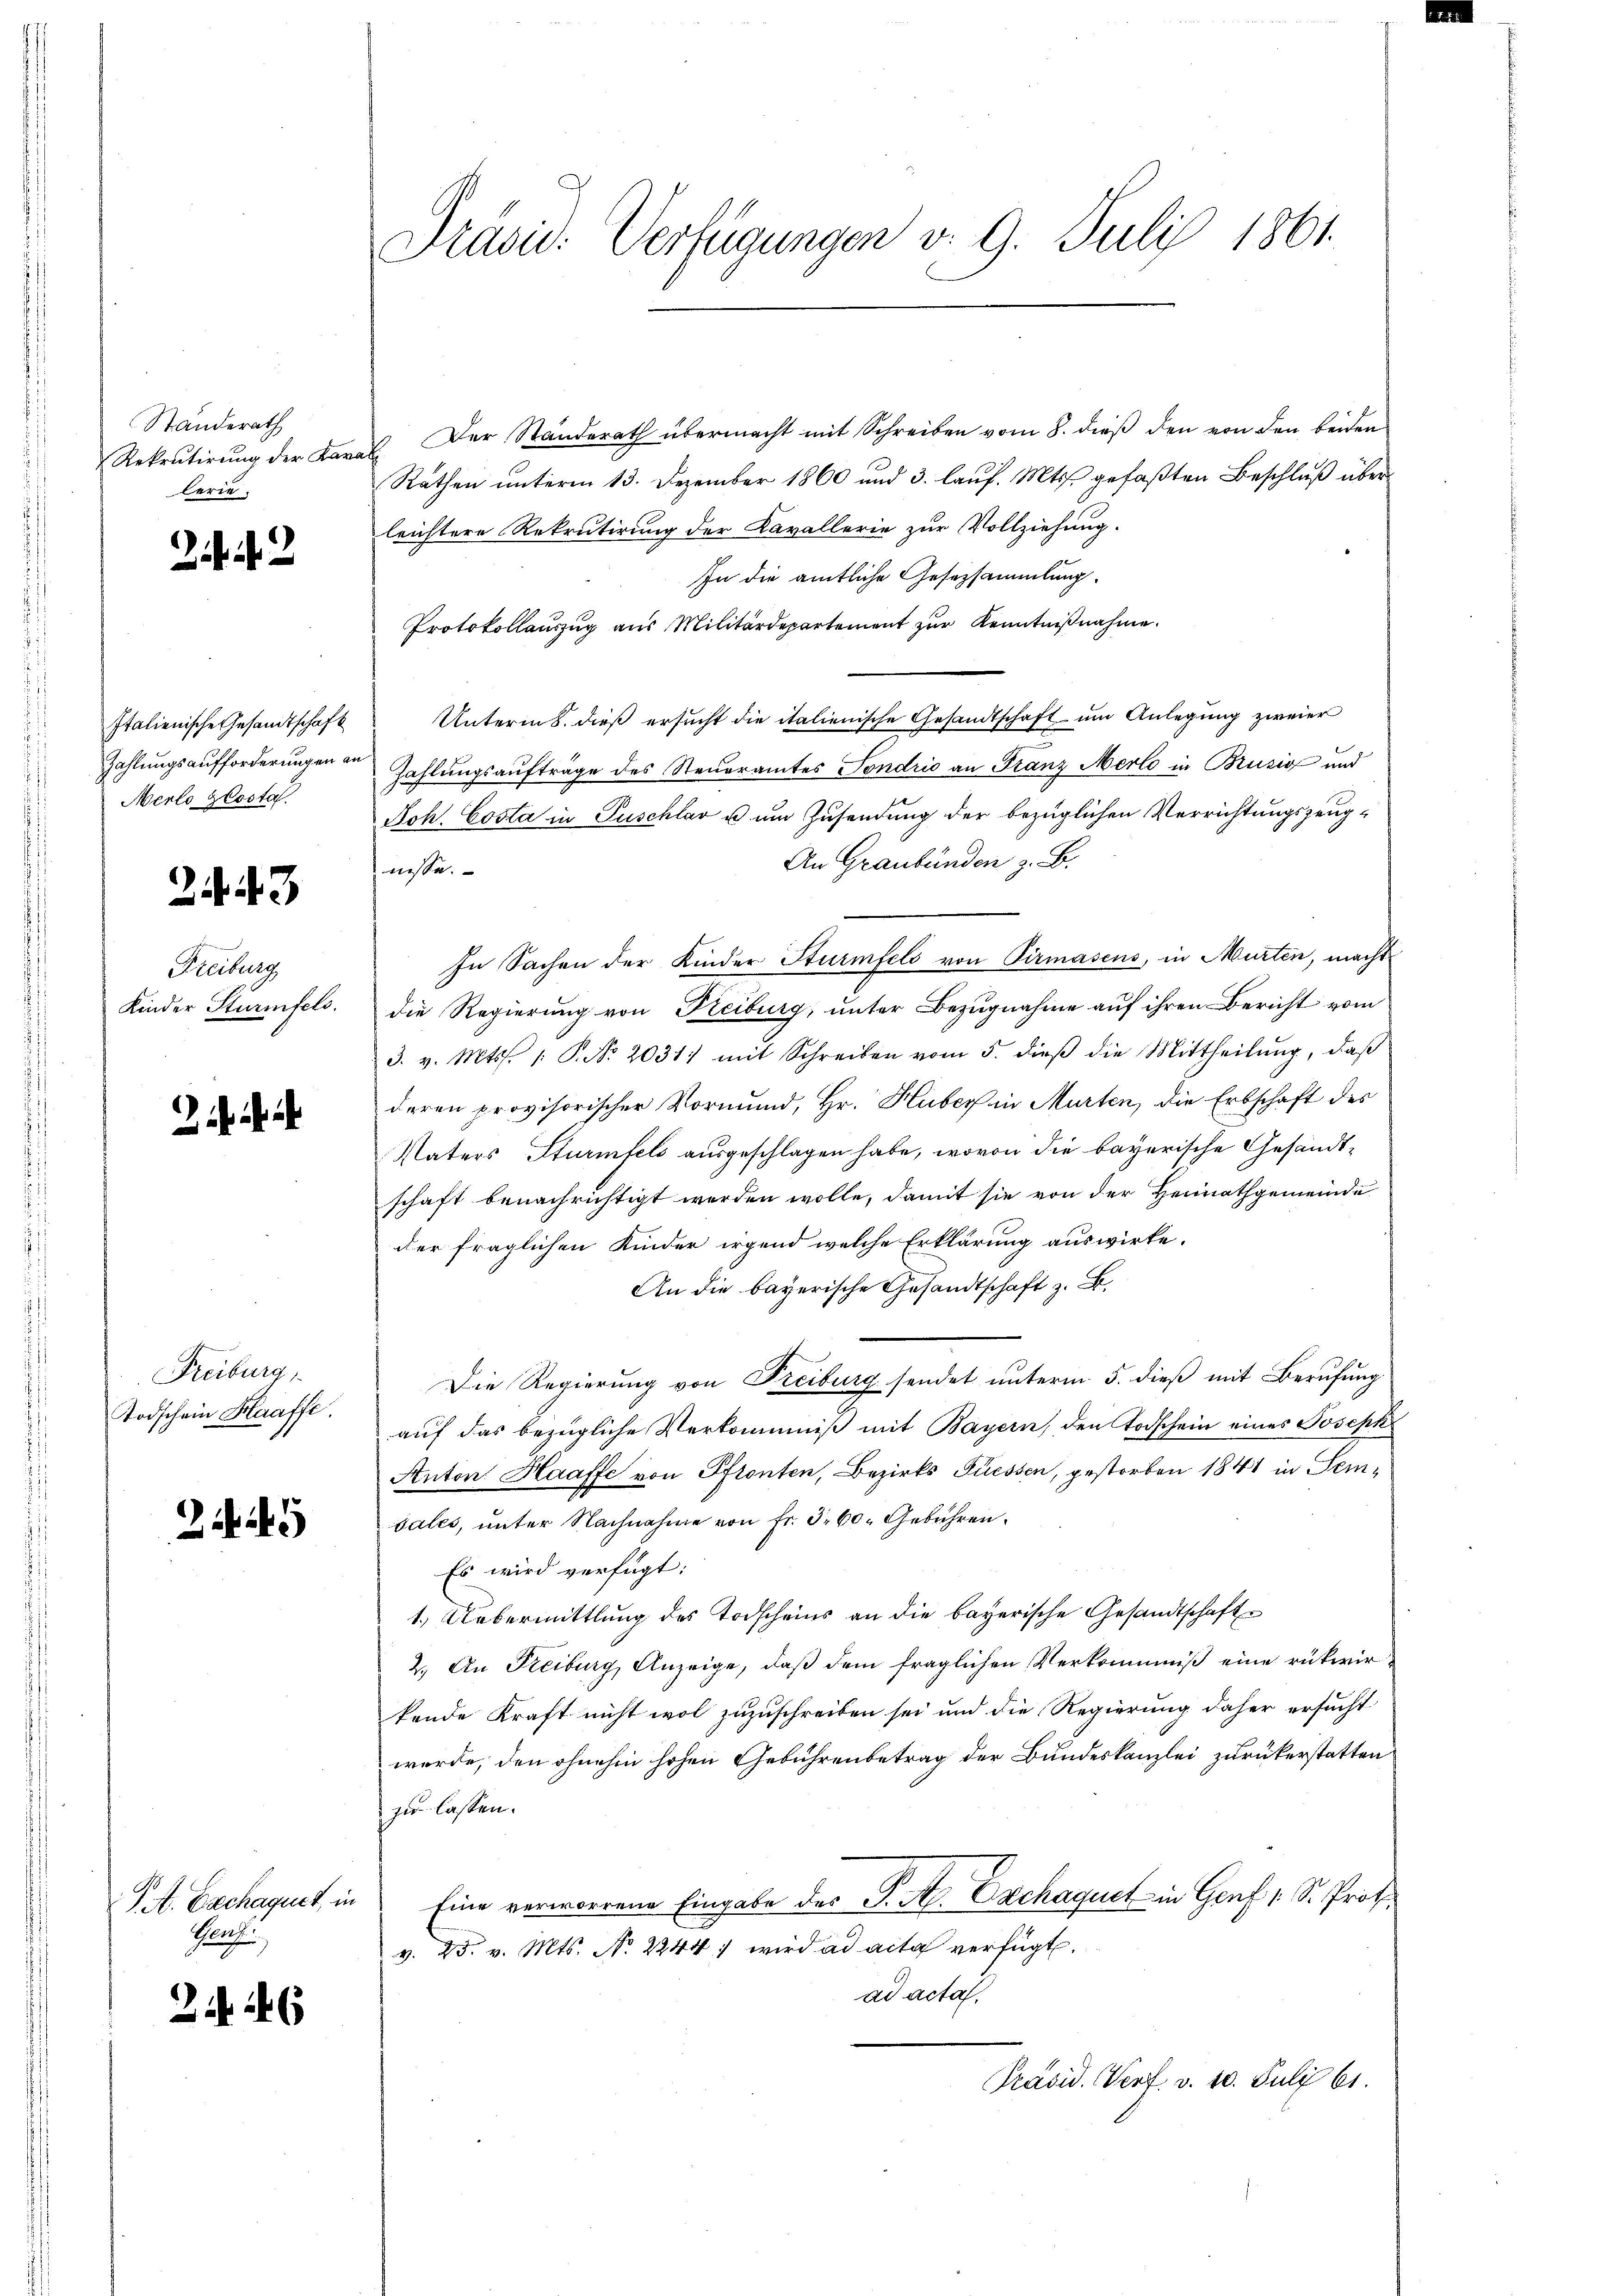
Standerath
Rekrutirung der Kara
lerie.

Italienische Gesandtschaft
Zahlungsaufforderungen an
Merto Klosta

23

Freiburg
Kinder Sturmfels.

Freiburg,
Todschein Haaffe.

2445

Pet. Bachaquet, in
Prach

2246

Präsid. Verfügungen v. 9. Juli 1861.

Der Standerath übermacht mit Schreiben vom 8. dieß den von den beiden
Räthen unterm 13. Dezember 1860 und 3. lauf. Mts. gefaßten Beschluß über
leichtere Rekrutirung der Kavallerie zŭr Vollziehung.
In die amtliche Gesezsammlung.
Protokollanzug aus Militärdepartement zur Kenntnißnahme.
Unterm 8. dieß ersucht die italienische Gesandtschaft um Anlegung zweier
Zahlungsaufträge des Steueramtes Fondrio an Franz Merlo in Brusio und
Joh. Costa in Puschlav u um Zusendung der bezüglichen Verrichtungszeug¬
An Graubünden z. B.
nisse.
In Sachen der Kinder Sturmfels von Pirmasens, in Murten, macht
die Regierung von Kreiburg, unter Bezugnahme auf ihren Bericht vom
3. v. Mts. 1. P. Nr. 2031) mit Schreiben vom 5. dieβ die Mittheilŭng, daβ
deren provisorischer Vormund, Hr. Huber in Murten, die Erbschaft des
Vaters Sturmfels ausgeschlagen habe, wovon die bayerische Gesandtschaft benachrichtigt werden wolle, damit sie von der Heimathgemeinde
der fraglichen Kinder irgend welche Erklärung auswirke.
An die bayerische Gesandtschaft z. B.
Die Regierung von Freiburg sendet unterm 5. dieß mit Berufung
auf das bezügliche Verkommniß mit Bayern, den Todschein eines Joseph
Anton Haaffe von Pftonten, Bezirks Füessen, gestorben 1841 in Temsales, unter Nachnahme von Fr. 3. 60. Gebühren.
Es wird verfügt:
1.) Uebermittlung des Todscheins an die bayerische Gesandtschaft
2. An Freiburg, Anzeige, daß dem fraglichen Verkommniß eine rükwirkende Kraft nicht wol zuzuschreiben sei und die Regierung daher ersucht
werde, den ohnehin hohen Gebührenbetrag der Bundeskanzlei zurückerstatten
zu lassen.
Eine verworrene Eingabe des J. H. Exchaquet in Genf 1 S. Prof.
v. 25. v. Mts. No 2244) wird ad acta verfügt.
ad acta.
Präsid. Verf. v. 10. Juli 61.